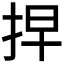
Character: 𢫵